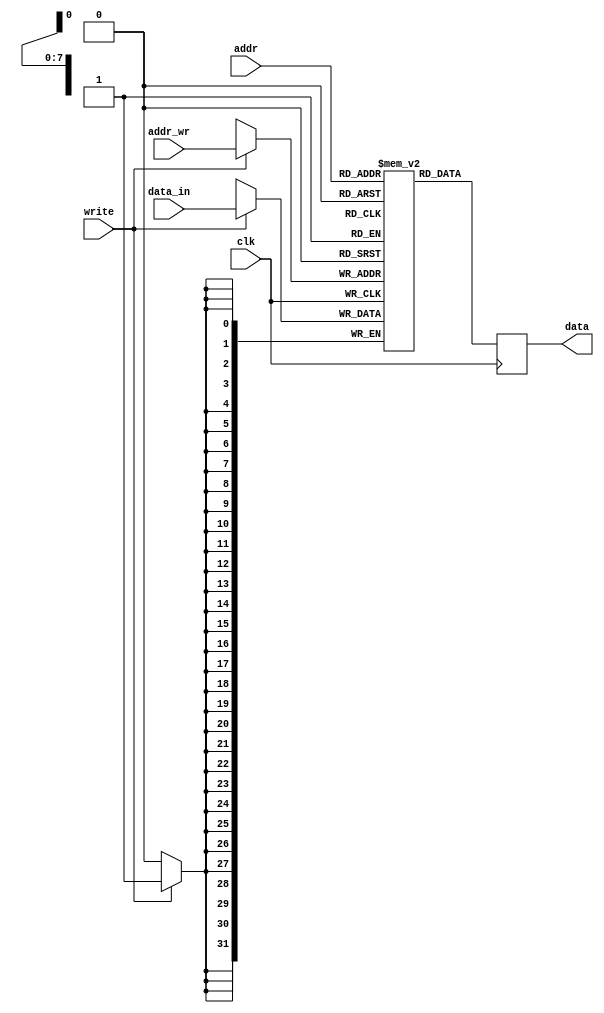
`timescale 1ns / 1ps
// Copyright (C) 2020 Michael Bell

module Program(
    input clk,
    input [7:0] addr,
    output reg [31:0] data,
	 input write,
	 input [7:0] addr_wr,
	 input [31:0] data_in
    );

	reg [31:0] program_array [0:255];

	 always @(posedge clk)
    begin
        if (write) begin
            program_array[addr_wr] <= data_in;
        end
    end	

	 always @(posedge clk)
    begin
        data <= program_array[addr];
    end	

endmodule